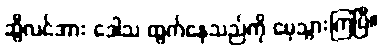
ဆွီလင်အား ဒေါသ ထွက်နေသည်ကို မေ့သွားကြပြီ။